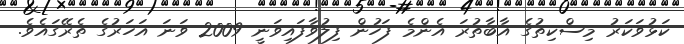
ކަޅުވަކަރު މިސްކިތުގެ އާބާތުރަ އެންމެ ފަހުން ފިލުވާފައިވަނީ 2009 ވަަނަ އަހަރުގެ ތެރޭގައެވެ.